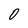
Character: 0